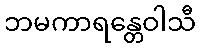
ဘမကာရန္တေဝါသီ